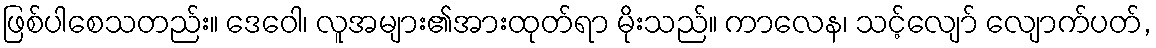
ဖြစ်ပါစေသတည်း။ ဒေဝေါ၊ လူအများ၏အားထုတ်ရာ မိုးသည်။ ကာလေန၊ သင့်လျော် လျောက်ပတ်,